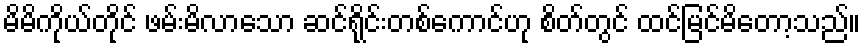
မိမိကိုယ်တိုင် ဖမ်းမိလာသော ဆင်ရိုင်းတစ်ကောင်ဟု စိတ်တွင် ထင်မြင်မိတော့သည်။